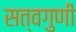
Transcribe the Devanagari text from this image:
सत्वगुणी